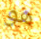
هو